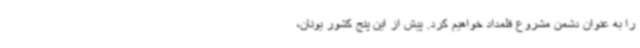
را به عنوان دشمن مشروع قلمداد خواهیم کرد. پیش از این پنج کشور یونان،